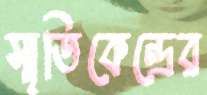
স্মৃতিকেন্দ্রের